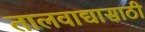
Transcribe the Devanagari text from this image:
तालवाद्यासाठी